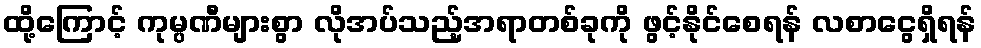
ထို့ကြောင့် ကုမ္ပဏီများစွာ လိုအပ်သည့်အရာတစ်ခုကို ဖွင့်နိုင်စေရန် လစာငွေရှိရန်